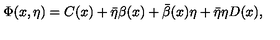
\Phi ( x , \eta ) = C ( x ) + \bar { \eta } \beta ( x ) + \bar { \beta } ( x ) \eta + \bar { \eta } \eta D ( x ) ,